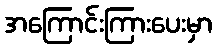
အကြောင်းကြားပေးမှာ